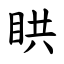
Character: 䀧